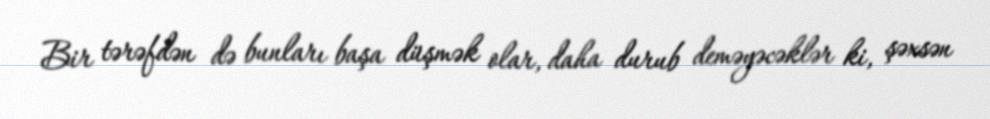
Bir tərəfdən də bunları başa düşmək olar, daha durub deməyəcəklər ki, şəxsən